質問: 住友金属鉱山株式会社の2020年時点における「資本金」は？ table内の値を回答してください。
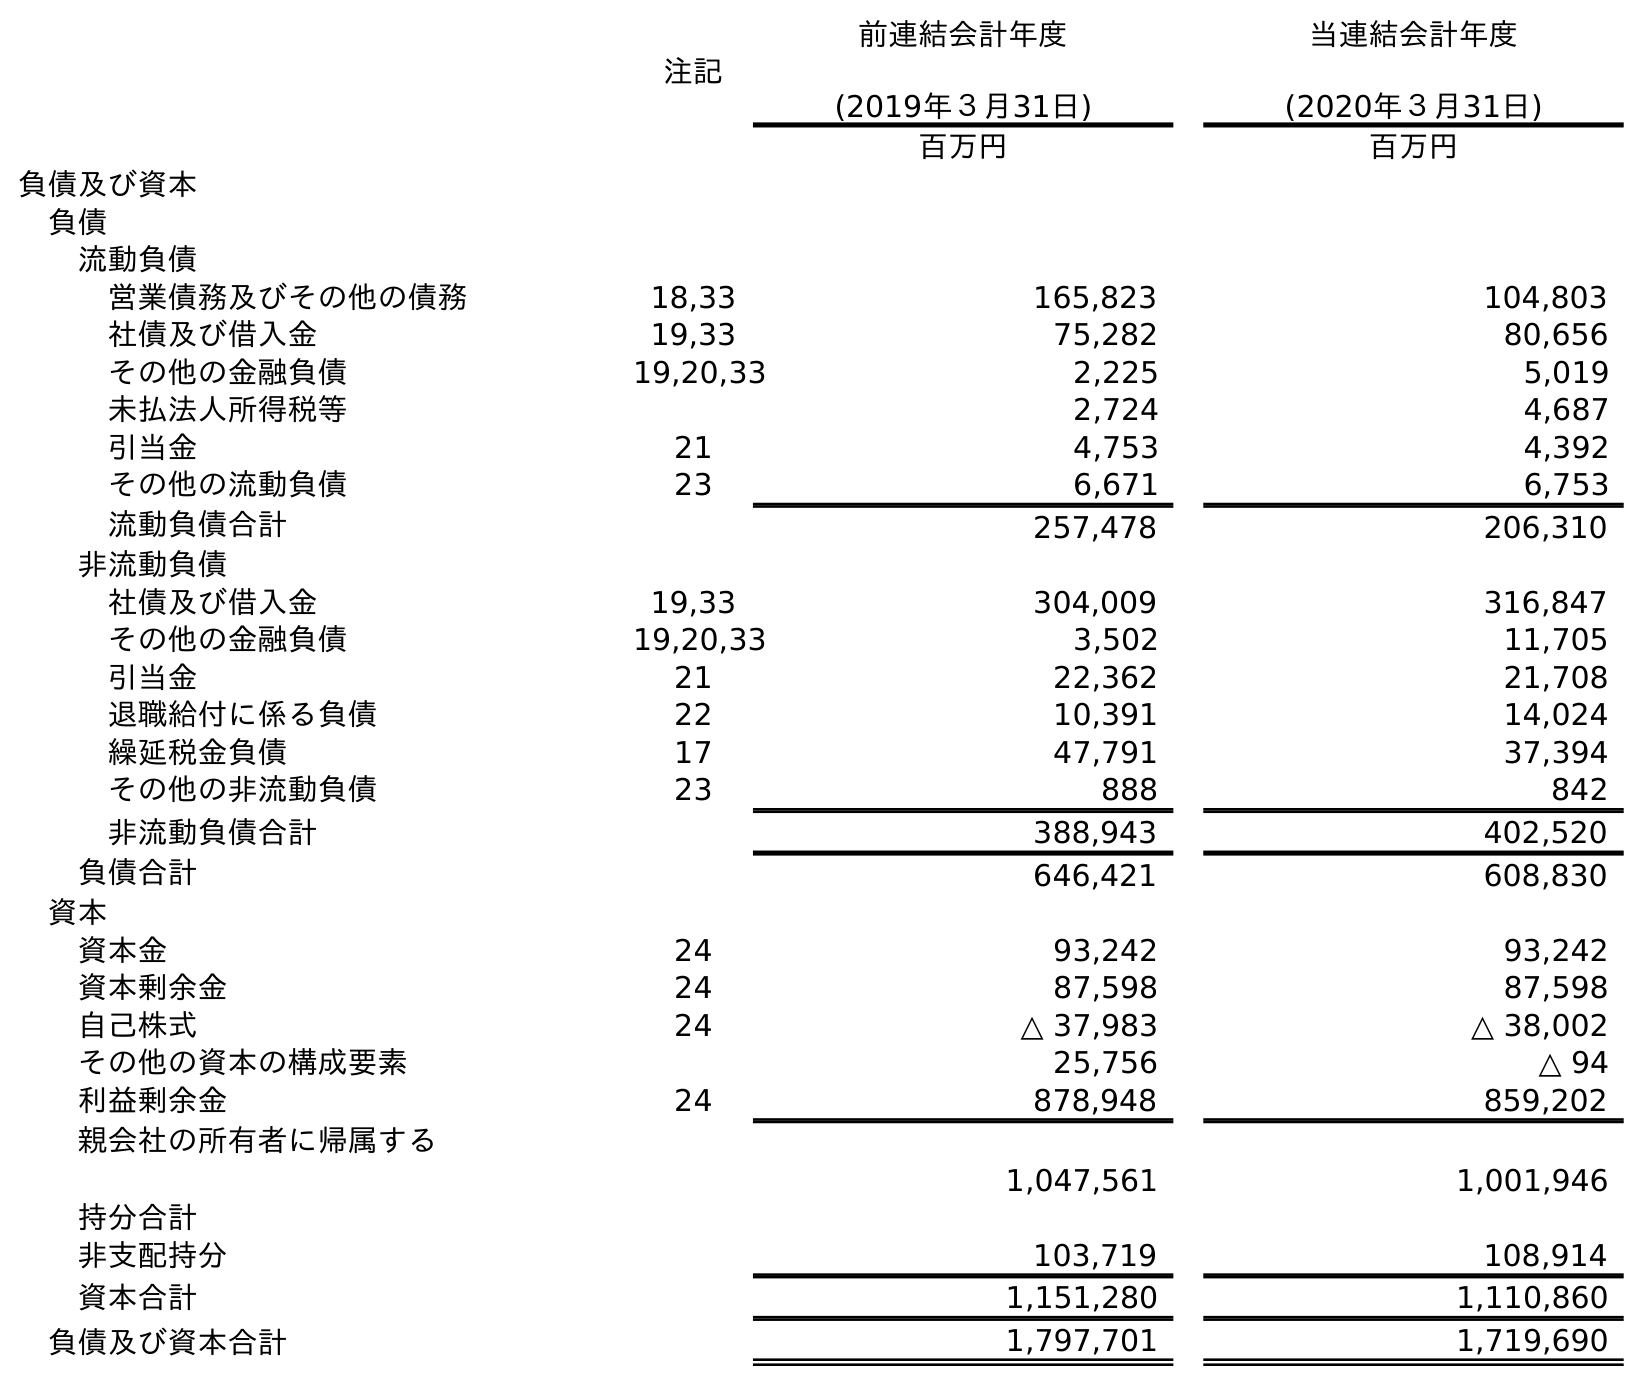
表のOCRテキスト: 注記 前連結会計年度 (2019年３月31日) 当連結会計年度 (2020年３月31日) 百万円 百万円 負債及び資本 負債 流動負債 営業債務及びその他の債務 18,33 165,823 104,803 社債及び借入金 19,33 75,282 80,656 その他の金融負債 19,20,33 2,225 5,019 未払法人所得税等 2,724 4,687 引当金 21 4,753 4,392 その他の流動負債 23 6,671 6,753 流動負債合計 257,478 206,310 非流動負債 社債及び借入金 19,33 304,009 316,847 その他の金融負債 19,20,33 3,502 11,705 引当金 21 22,362 21,708 退職給付に係る負債 22 10,391 14,024 繰延税金負債 17 47,791 37,394 その他の非流動負債 23 888 842 非流動負債合計 388,943 402,520 負債合計 646,421 608,830 資本 資本金 24 93,242 93,242 資本剰余金 24 87,598 87,598 自己株式 24 △ 37,983 △ 38,002 その他の資本の構成要素 25,756 △ 94 利益剰余金 24 878,948 859,202 親会社の所有者に帰属する 持分合計 1,047,561 1,001,946 非支配持分 103,719 108,914 資本合計 1,151,280 1,110,860 負債及び資本合計 1,797,701 1,719,690
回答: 93,242